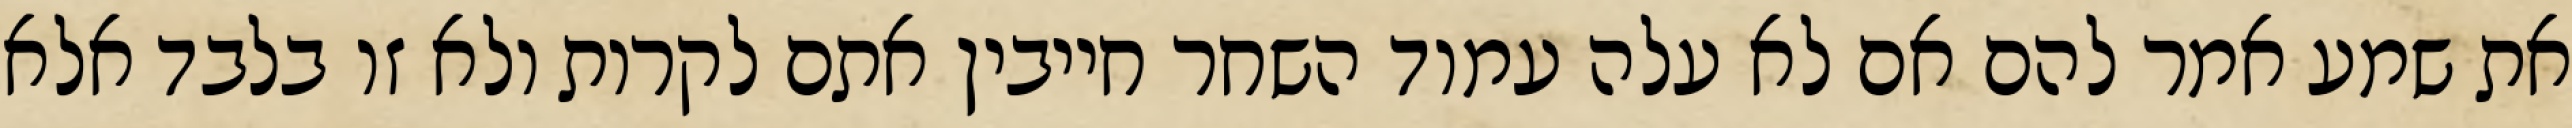
את שמע אמר להם אם לא עלה עמוד השחר חייבין אתם לקרות ולא זו בלבד אלא